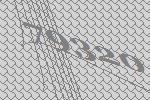
79320